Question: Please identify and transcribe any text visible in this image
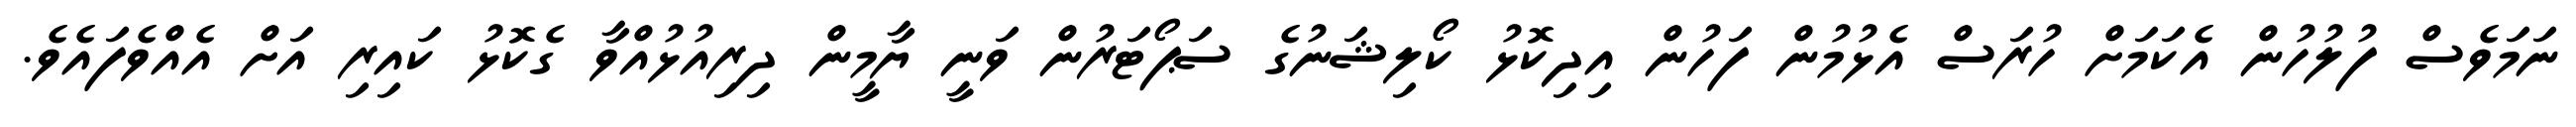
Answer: ނަމަވެސް ފުލުހުން އެކަމަށް ހުރަސް އެޅުމުން ފަހުން އިދިކޮޅު ކޯލިޝަނުގެ ސަޕޯޓަރުން ވަނީ ޔާމީން ދިރިއުޅުއްވާ ގެކޮޅު ކައިރި އަށް އެއްވެފައެވެ.